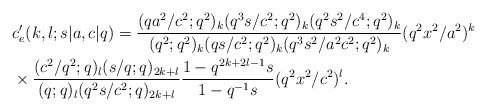
LaTeX: \begin{align*}&c'_e(k,l;s|a,c|q)= {(q a^2/c^2;q^2)_k (q^3 s/c^2;q^2)_k (q^2 s^2/c^4;q^2)_k \over (q^2;q^2)_k(q s/c^2;q^2)_k(q^3 s^2/a^2 c^2;q^2)_k}(q^2x^2/a^2)^k \\&\times{(c^2/q^2;q)_l (s/q;q)_{2k+l} \over (q;q)_l (q^2 s/c^2;q)_{2k+l} }{1-q^{2k+2l-1}s\over 1-q^{-1}s}(q^2x^2/c^2)^l. \end{align*}